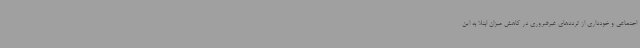
اجتماعی و خودداری از ترددهای غیرضروری در کاهش میزان ابتلا به این